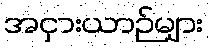
အငှားယာဉ်များ